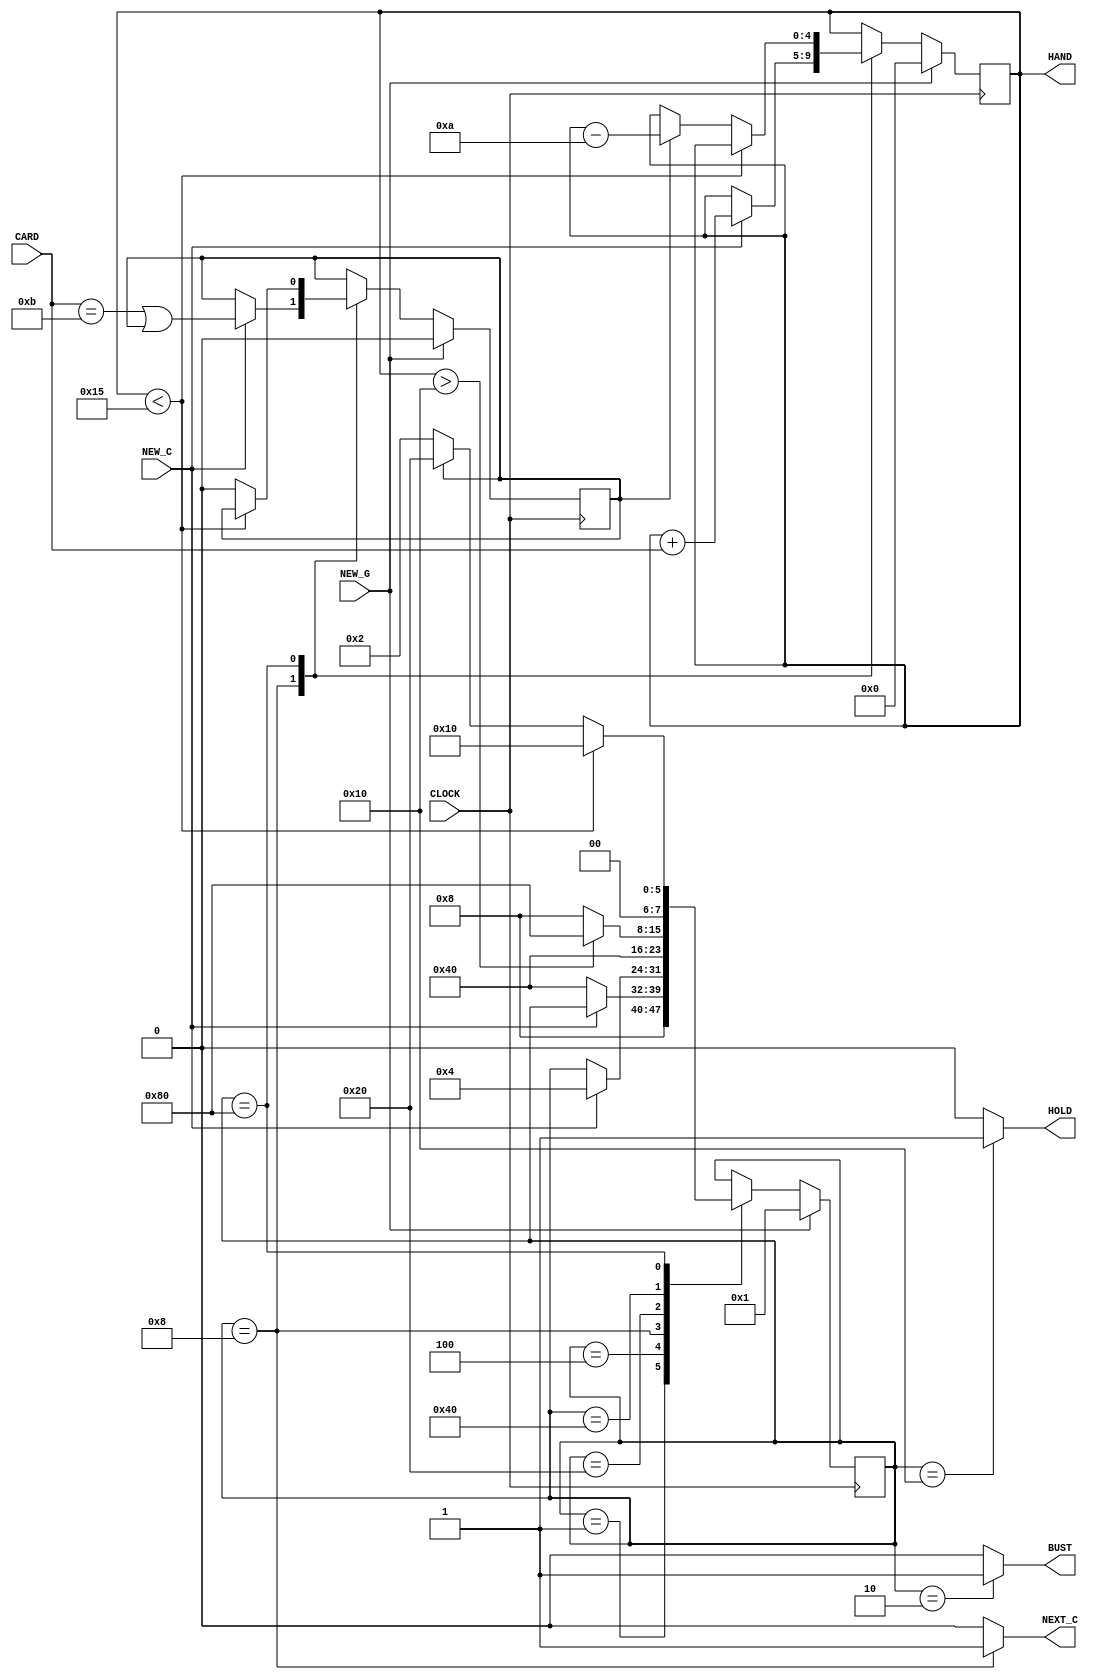
// (c) Aldec, Inc.
// All rights reserved.
//
// $Revision: 92945 $

`timescale 1ps / 1ps

module BJACK_C (CARD, CLOCK, NEW_C, NEW_G, BUST, HAND, HOLD, NEXT_C);
input  [3:0]CARD;
input  CLOCK;
input  NEW_C;
input  NEW_G;
output BUST;
output [4:0]HAND;
output HOLD;
output NEXT_C;

reg [4:0]Total;
reg [7:0]BlackJack;
reg Ace;

// ONE HOT ENCODED state machine: BlackJack
parameter  Begin_g     = 8'b00000001,
           BustState = 8'b00000010,
           Got_im     = 8'b00000100,
           Hit_me     = 8'b00001000,
           HoldState = 8'b00010000,
           TenBack     = 8'b00100000,
           test16     = 8'b01000000,
           Test21     = 8'b10000000;

// concurrent signal assignments
assign HAND = Total;

always @ (posedge CLOCK)
begin
    if (NEW_G == 1'b1)
    begin
        BlackJack = Begin_g;
        Total = 5'b00000;
        Ace = 1'b0;
    end
    else
    begin
        case (BlackJack)
            Begin_g :
                BlackJack = Hit_me;
            BustState :
                ;
            Got_im :
                if (NEW_C == 1'b0)
                    BlackJack = test16;
            Hit_me :
                if (NEW_C == 1'b1)
                begin
                    BlackJack = Got_im;
                    Total = Total + { 1'b0, CARD} ;     // {} used to avoid warnings
                    Ace = (CARD == 4'b1011) || Ace;     // CARD == 11 ??
                end
            HoldState :
                ;
            TenBack :
                BlackJack = test16;
            test16 :
                if (Total > 5'b10000)       // > 16 ??
                    BlackJack = Test21;
                else
                    BlackJack = Hit_me;
            Test21 :
                if (Total < 5'b10101)             // < 21 ??
                    BlackJack = HoldState;
                else if (Ace)
                begin
                    BlackJack = TenBack;
                    Total = Total - 5'b01010;   // Total - 10
                    Ace = 1'b0;
                end
                else
                    BlackJack = BustState;

            default:
                ;
        endcase
    end
end

// signal assignment statements for combinatorial outputs
assign NEXT_C = (BlackJack == Hit_me) ? 1'b1 : 1'b0;
assign BUST = (BlackJack == BustState) ? 1'b1 : 1'b0;
assign HOLD = (BlackJack == HoldState) ? 1'b1 : 1'b0;

endmodule